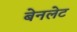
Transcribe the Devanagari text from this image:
बेनलेट